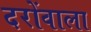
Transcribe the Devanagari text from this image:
दरोंवाला